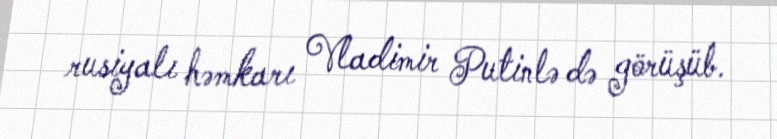
rusiyalı həmkarı Vladimir Putinlə də görüşüb.